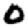
Digit: 0